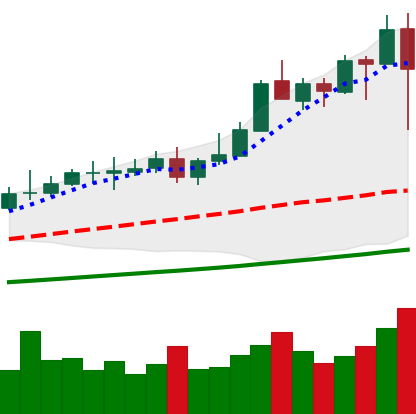
Ticker: XMR-USD
Chart end date: 2021-04-18
Forward return: 5.062%
Label: up_5_7